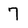
Character: 7